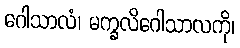
ဂေါသာလံ၊ မက္ခလိဂေါသာလကို၊